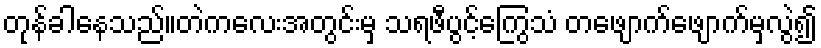
တုန်ခါနေသည်။တဲကလေးအတွင်းမှ သရဖီပွင့်ကြွေသံ တဖျောက်ဖျောက်မှလွဲ၍